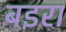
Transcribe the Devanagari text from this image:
बइरा